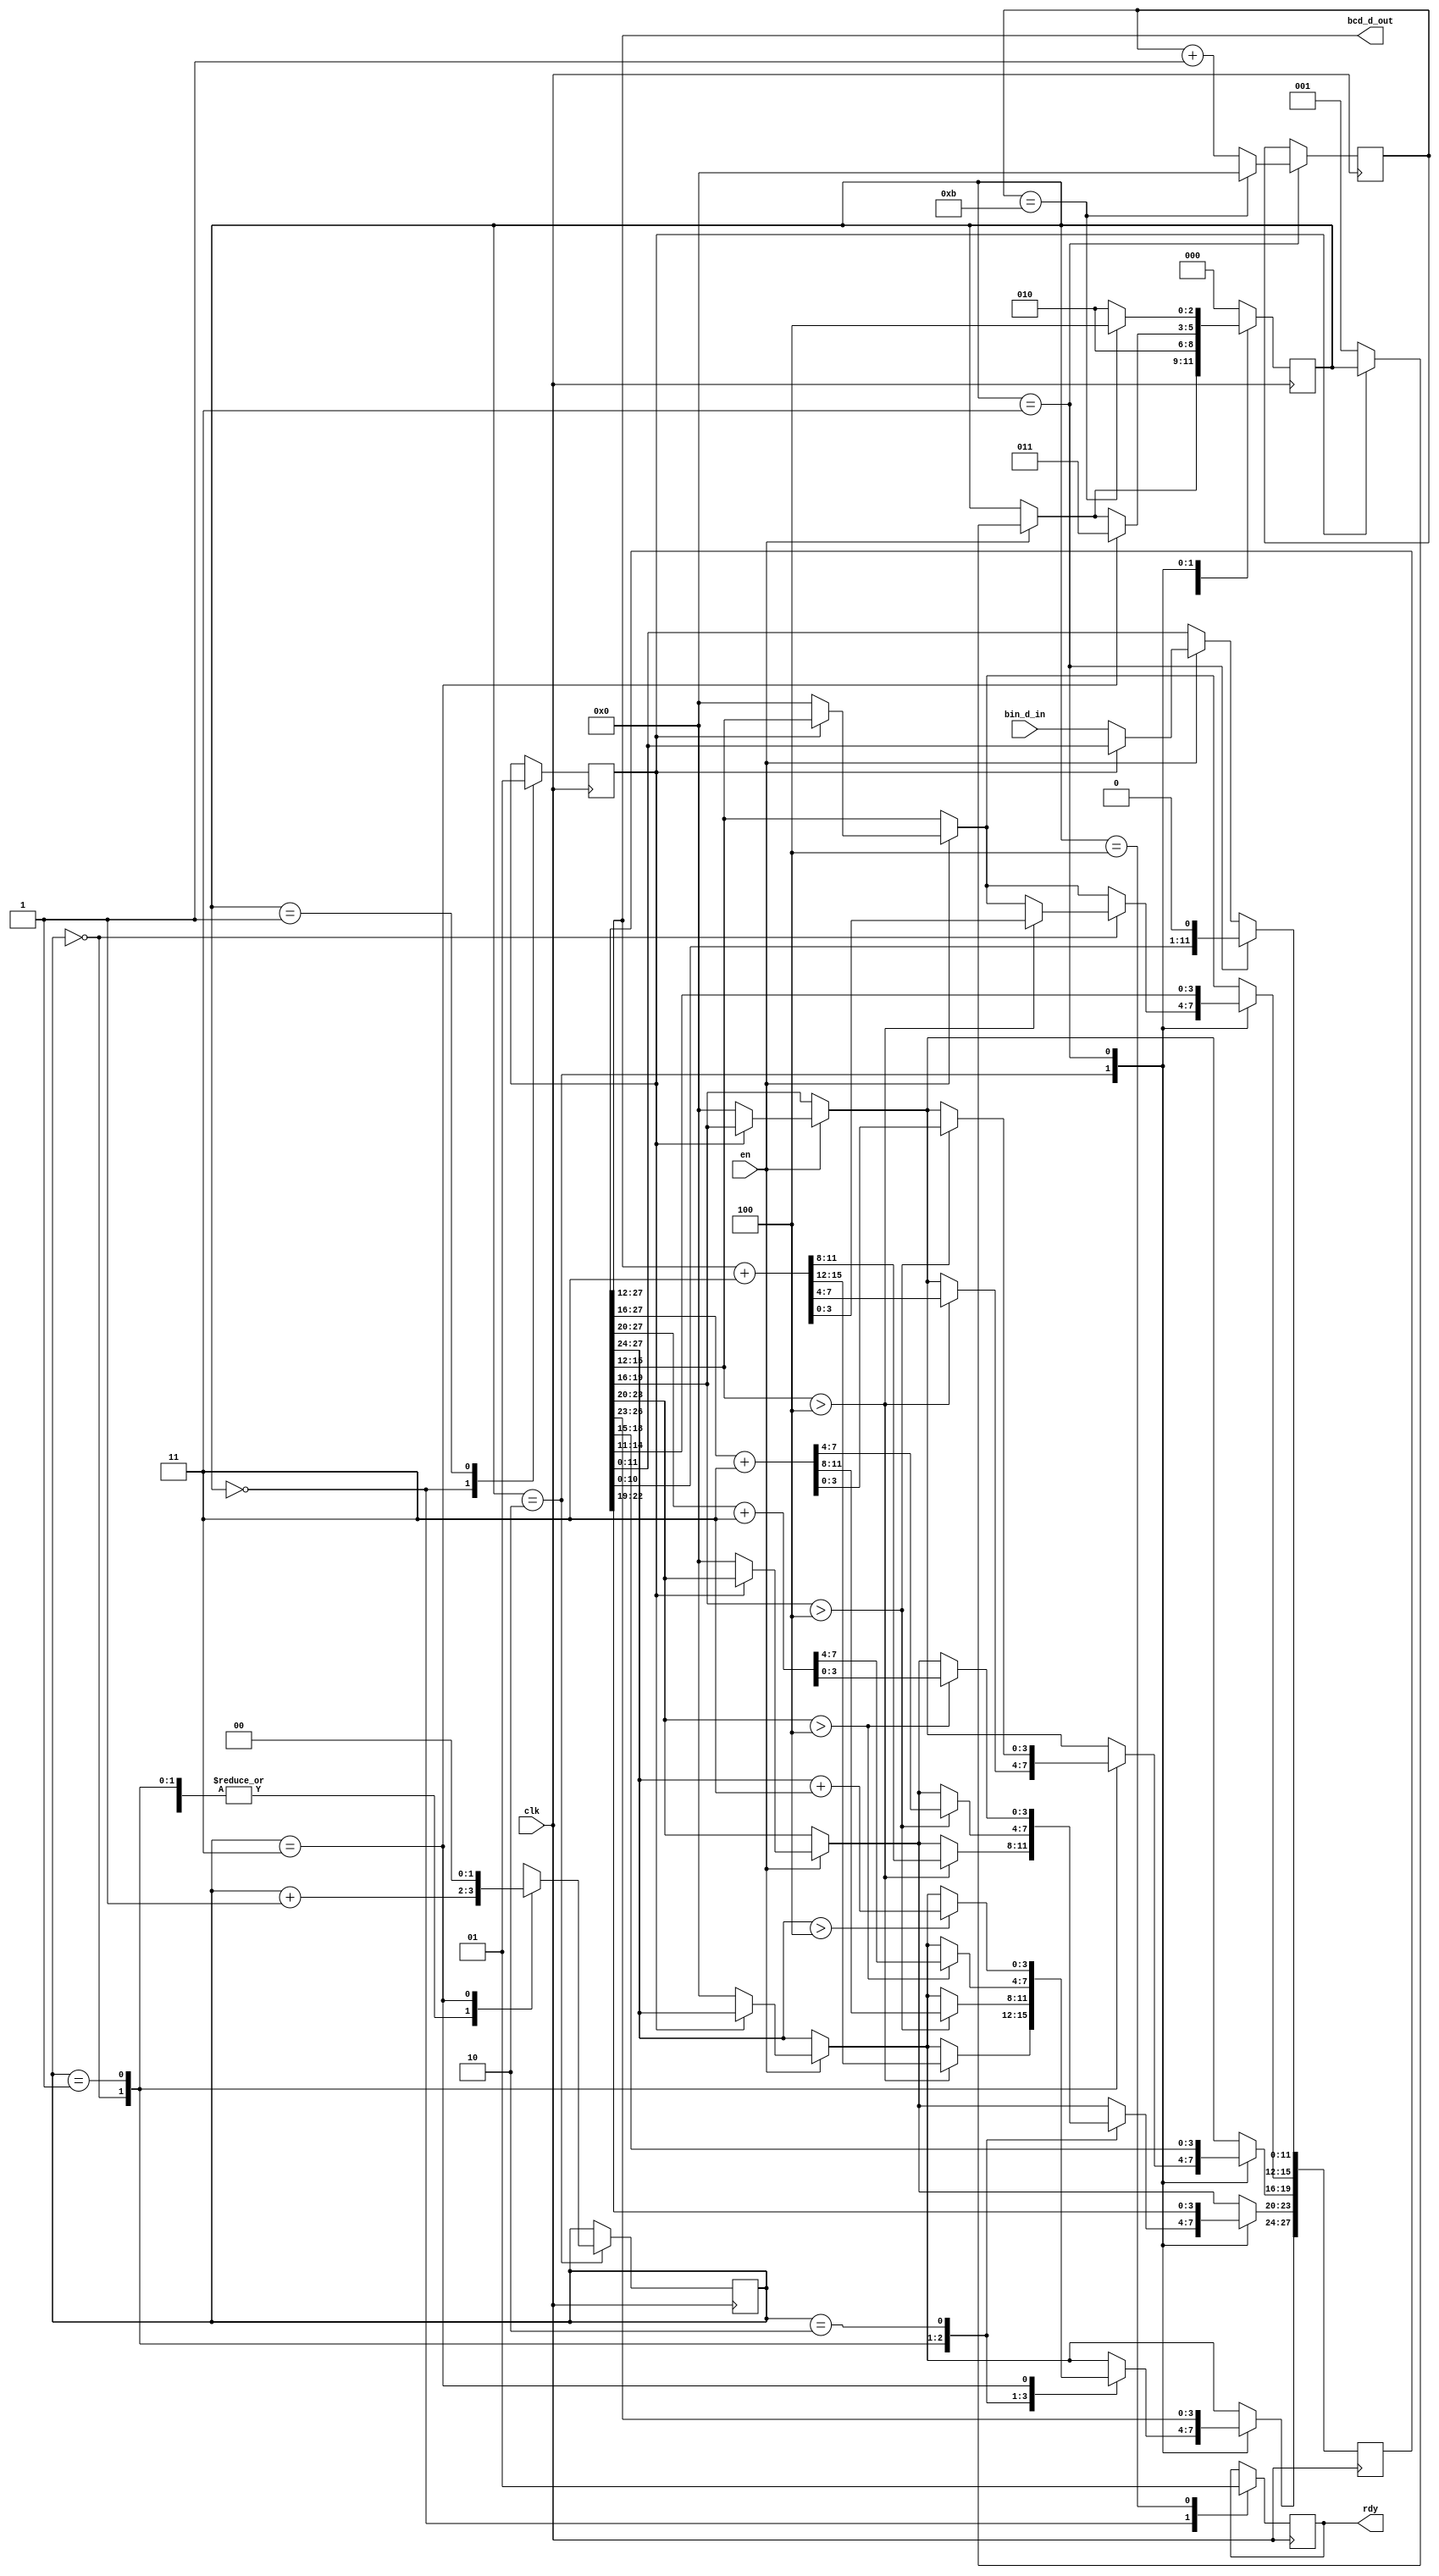
module BCDConvert(
    input           clk,
    input           en,
    input   [11:0]  bin_d_in,
    output  [15:0]  bcd_d_out,
    output          rdy
    );
    
    //State variables
    parameter IDLE      = 3'b000;
    parameter SETUP     = 3'b001;
    parameter ADD       = 3'b010;
    parameter SHIFT     = 3'b011;
    parameter DONE      = 3'b100;
    
    //reg [11:0]  bin_data    = 0;
    reg [27:0]  bcd_data    = 0;
    reg [2:0]   state       = 0;
    reg         busy        = 0;
    reg [3:0]   sh_counter  = 0;
    reg [1:0]   add_counter = 0;
    reg         result_rdy  = 0;
    
    
    always @(posedge clk)
        begin
        if(en)
            begin
                if(~busy)
                    begin
                    bcd_data    <= {16'b0, bin_d_in};
                    state       <= SETUP;
                    end
            end
        
        case(state)
        
            IDLE:
                begin
                    result_rdy  <= 0;
                    busy        <= 0;
                end
                
            SETUP:
                begin
                busy        <= 1;
                state       <= ADD;
                end
                    
            ADD:
                begin
                
                case(add_counter)
                    0:
                        begin
                        if(bcd_data[15:12] > 4)
                            begin
                                bcd_data[27:12] <= bcd_data[27:12] + 3;
                            end
                            add_counter <= add_counter + 1;
                        end
                    
                    1:
                        begin
                        if(bcd_data[19:16] > 4)
                            begin
                                bcd_data[27:16] <= bcd_data[27:16] + 3;
                            end
                            add_counter <= add_counter + 1;
                        end
                        
                    2:
                        begin
                        if(bcd_data[23:20] > 4)
                            begin
                                bcd_data[27:20] <= bcd_data[27:20] + 3;
                            end
                            add_counter <= add_counter + 1;
                        end
                        
                    3:
                        begin
                        if(bcd_data[27:24] > 4)
                            begin
                                bcd_data[27:24] <= bcd_data[27:24] + 3;
                            end
                            add_counter <= 0;
                            state   <= SHIFT;
                        end
                    endcase
                end
                
            SHIFT:
                begin
                sh_counter  <= sh_counter + 1;
                bcd_data    <= bcd_data << 1;
                
                if(sh_counter == 11)
                    begin
                    sh_counter  <= 0;
                    state       <= DONE;
                    end
                else
                    begin
                    state   <= ADD;
                    end

                end
 
            
            DONE:
                begin
                result_rdy  <= 1;
                state       <= IDLE;
                end
            default:
                begin
                state <= IDLE;
                end
            
            endcase
            
        end
    assign bcd_d_out    = bcd_data[27:12];
    assign rdy          = result_rdy;
endmodule